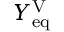
Y _ { \mathrm { e q } } ^ { \mathrm { V } }